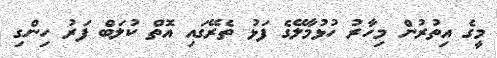
މީގެ އިތުރުން މިހާރު ހުޅުމާލޭގެ ފަޅު ތެރޭގައި އޮތް ކުލަބް ފަރު ހިންގި